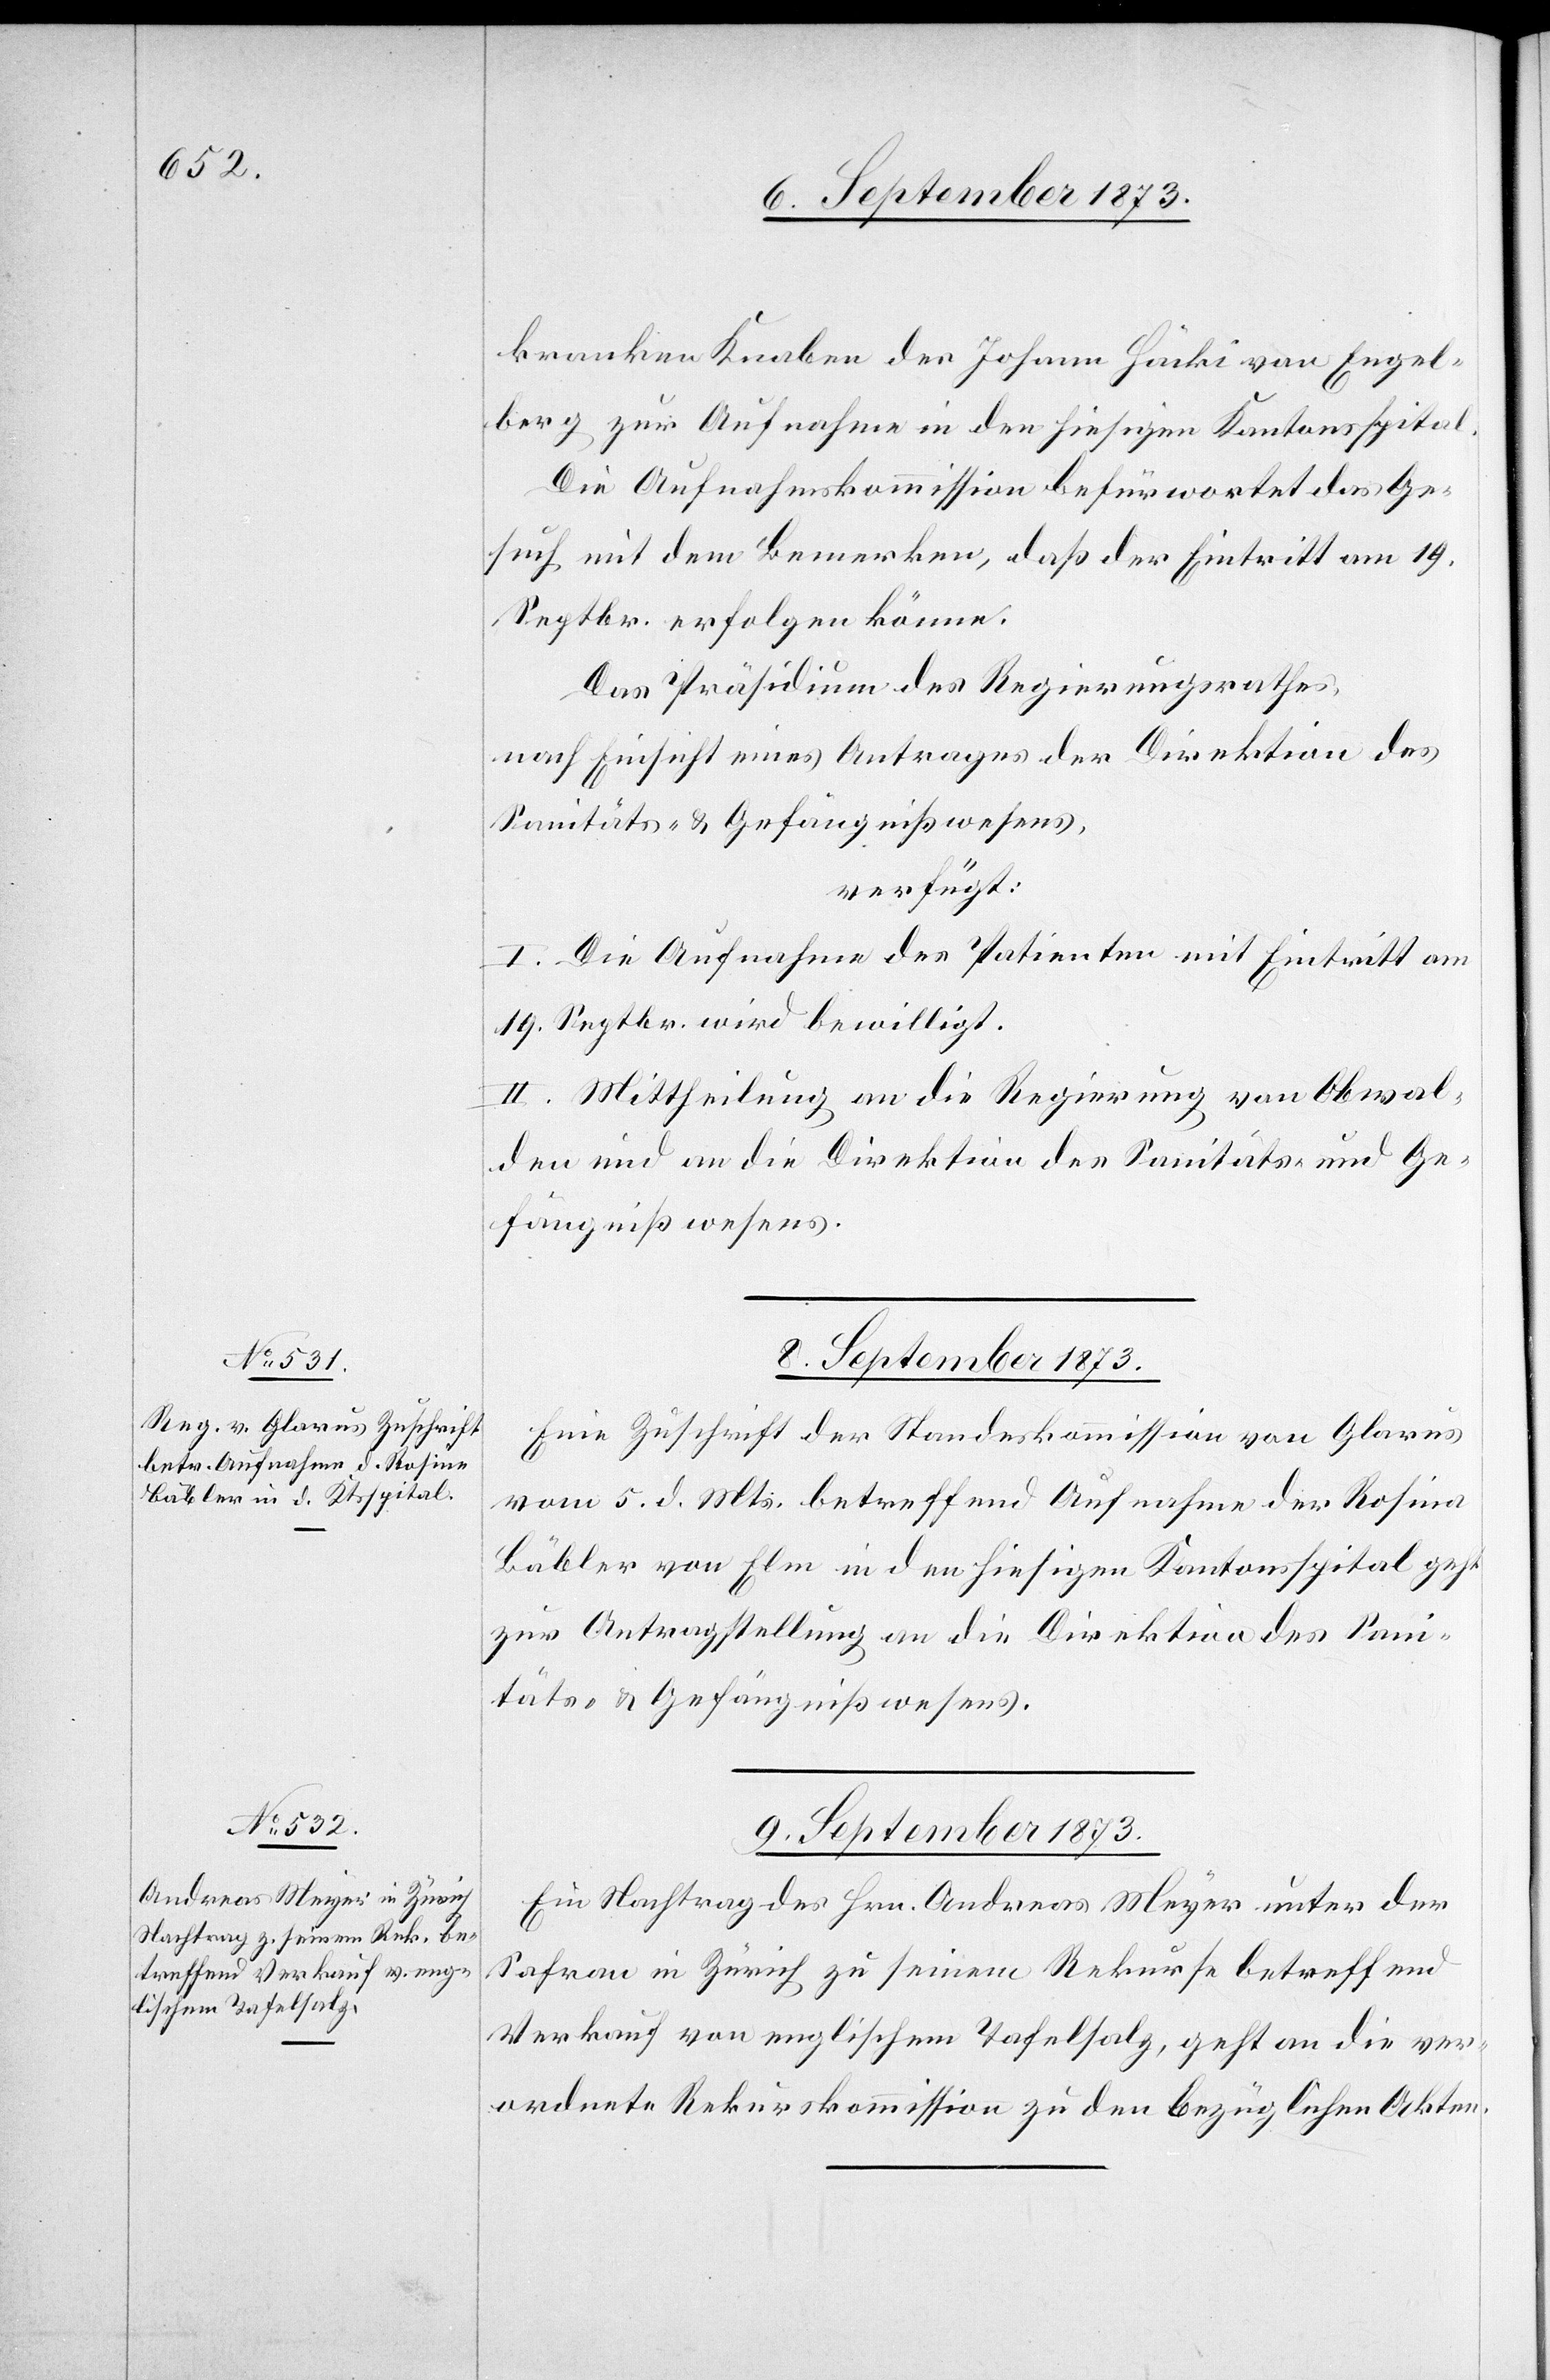
kranken Knaben des Johann Häcki von Engel¬
berg zur Aufnahme in den hiesigen Kantonsspital.
Die Aufnahmskommission befürwortet das Ge¬
such mit dem Bemerken, daß der Eintritt am 19.
Septbr. erfolgen könne.
Das Präsidium des Regierungsrathes,
nach Einsicht eines Antrages der Direktion des
Sanitäts- & Gefängnißwesens,
verfügt:
I. Die Aufnahme des Patienten mit Eintritt am
19. Septbr. wird bewilligt.
II. Mittheilung an die Regierung von Obwal¬
den und an die Direktion des Sanitäts- und Ge¬
fängnißwesens.
8. September 1873.
Eine Zuschrift der Standeskommission von Glarus
vom 5. d. Mts. betreffend Aufnahme der Rosina
Bäbler von Elm in den hiesigen Kantonsspital geht
zur Antragstellung an die Direktion des Sani¬
täts- & Gefängnißwesens.
9. September 1873.
Ein Nachtrag des Hrn. Andreas Meyer unter der
Safran in Zürich zu seinem Rekurse betreffend
Verkauf von englischem Tafelsalz, geht an die ver¬
ordnete Rekurskommission zu den bezüglichen Akten.